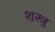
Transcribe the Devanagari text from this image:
शस्त्रु